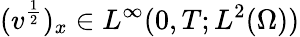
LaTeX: (v^{\frac{1}{2}})_{x}\in L^{\infty}(0,T;L^{2}(\Omega))